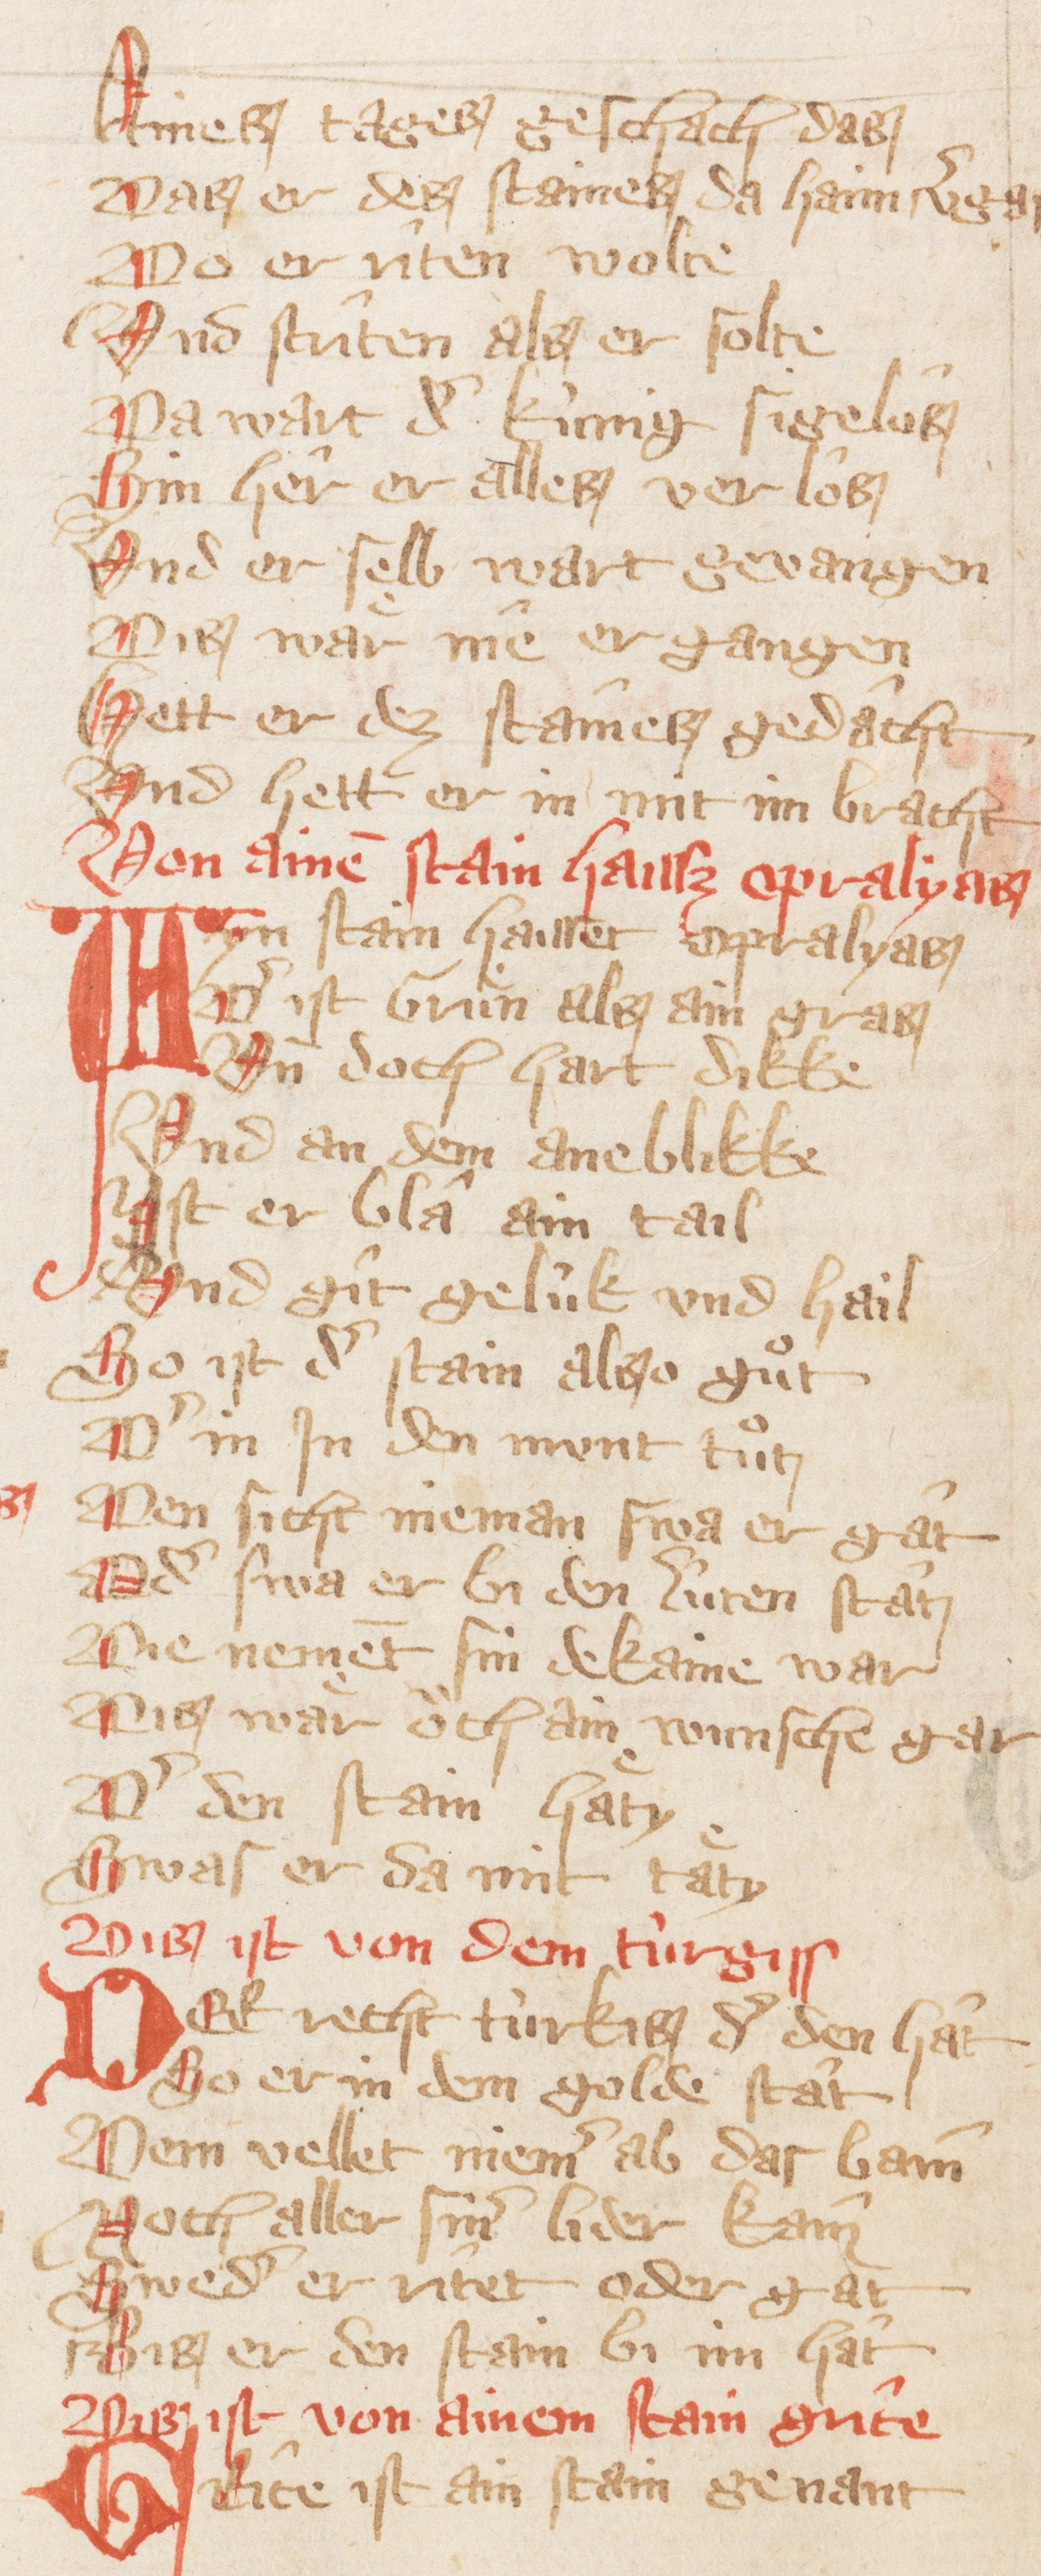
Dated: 1300–1399